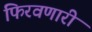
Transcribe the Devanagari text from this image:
फिरवणारी